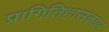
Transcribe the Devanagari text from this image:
प्रागितिहासकाल